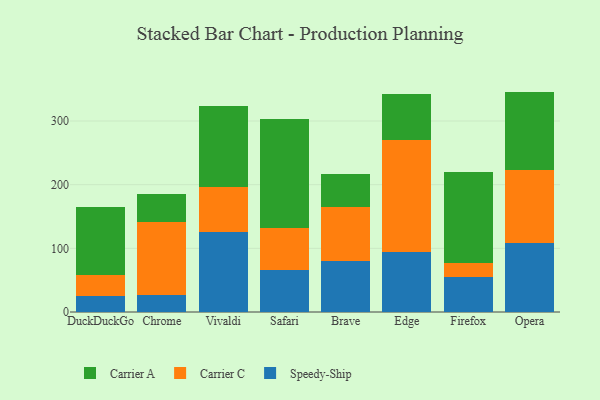
{"axis": {"x": "Browser", "y": "Population (Million)"}, "legend": ["Carrier A", "Carrier C", "Speedy-Ship"], "data": [{"x": "DuckDuckGo", "y": 24.6, "type": "Speedy-Ship"}, {"x": "DuckDuckGo", "y": 32.9, "type": "Carrier C"}, {"x": "DuckDuckGo", "y": 108.0, "type": "Carrier A"}, {"x": "Chrome", "y": 26.0, "type": "Speedy-Ship"}, {"x": "Chrome", "y": 114.9, "type": "Carrier C"}, {"x": "Chrome", "y": 44.1, "type": "Carrier A"}, {"x": "Vivaldi", "y": 125.0, "type": "Speedy-Ship"}, {"x": "Vivaldi", "y": 70.6, "type": "Carrier C"}, {"x": "Vivaldi", "y": 128.1, "type": "Carrier A"}, {"x": "Safari", "y": 66.4, "type": "Speedy-Ship"}, {"x": "Safari", "y": 66.1, "type": "Carrier C"}, {"x": "Safari", "y": 170.1, "type": "Carrier A"}, {"x": "Brave", "y": 80.4, "type": "Speedy-Ship"}, {"x": "Brave", "y": 85.0, "type": "Carrier C"}, {"x": "Brave", "y": 51.6, "type": "Carrier A"}, {"x": "Edge", "y": 94.0, "type": "Speedy-Ship"}, {"x": "Edge", "y": 175.4, "type": "Carrier C"}, {"x": "Edge", "y": 73.4, "type": "Carrier A"}, {"x": "Firefox", "y": 55.4, "type": "Speedy-Ship"}, {"x": "Firefox", "y": 21.9, "type": "Carrier C"}, {"x": "Firefox", "y": 141.9, "type": "Carrier A"}, {"x": "Opera", "y": 108.4, "type": "Speedy-Ship"}, {"x": "Opera", "y": 115.2, "type": "Carrier C"}, {"x": "Opera", "y": 122.6, "type": "Carrier A"}]}